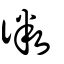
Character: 微